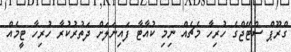
ގްރޫޕް ސްޓޭޖްގެ ހުރިހާ މެޗެއް ނިމި ކުއާޓާ ފައިނަލަށް ދަތުރުކުރާ ހުރިހާ ޓީމެއް